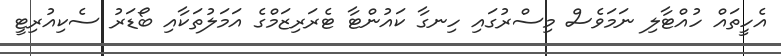
އެހީތައް ހުއްޓާލި ނަމަވެސް މިސްރުގައި ހިނގާ ކައުންޓާ ޓެރަރިޒަމްގެ އަމަލުތަކާއި ބޯޑަރު ސެކިއުރިޓީ